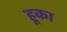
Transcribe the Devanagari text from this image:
हूका